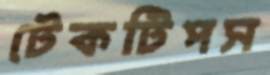
টেকটিপস